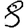
Digit: 8